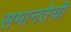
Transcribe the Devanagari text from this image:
समानतेची